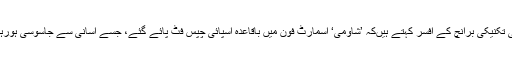
فوج کی تکنیکی برانچ کے افسر کہتے ہیںکہ ’شاؤمی‘ اسمارٹ فون میں باقاعدہ اسپائی چپس فٹ پائے گئے، جسے آسانی سے جاسوسی ہورہی تھی۔